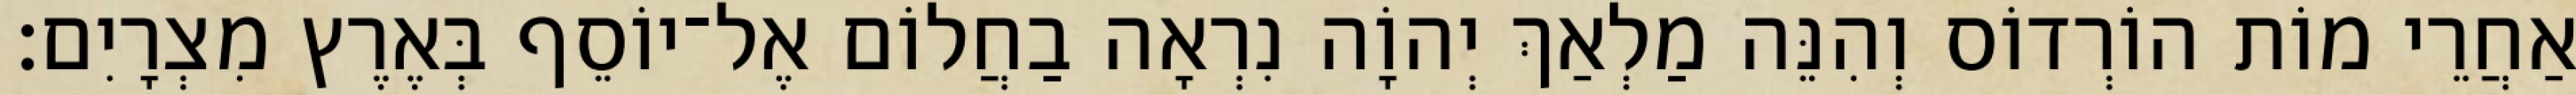
אַחֲרֵי מוֹת הוֹרְדוֹס וְהִנֵּה מַלְאַךְ יְהוָֹה נִרְאָה בַחֲלוֹם אֶל־יוֹסֵף בְּאֶרֶץ מִצְרָיִם׃